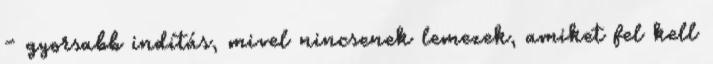
- gyorsabb indítás, mivel nincsenek lemezek, amiket fel kell